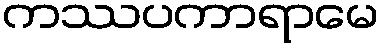
ကဿပကာရာမေ